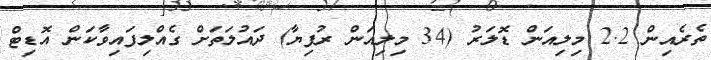
ތެރެއިން 2.2 މިލިއަން ޑޮލަރު (34 މިލިއަން ރުފިޔާ) ދައުލަތަށް ގެއްލިފައިވާކަން އޮޑިޓް